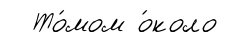
То́мом о́коло